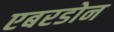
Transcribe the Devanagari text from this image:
एबरडोन